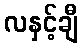
လနှင့်ချီ